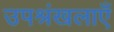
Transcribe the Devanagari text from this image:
उपश्रंखलाएँ